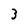
Character: 3